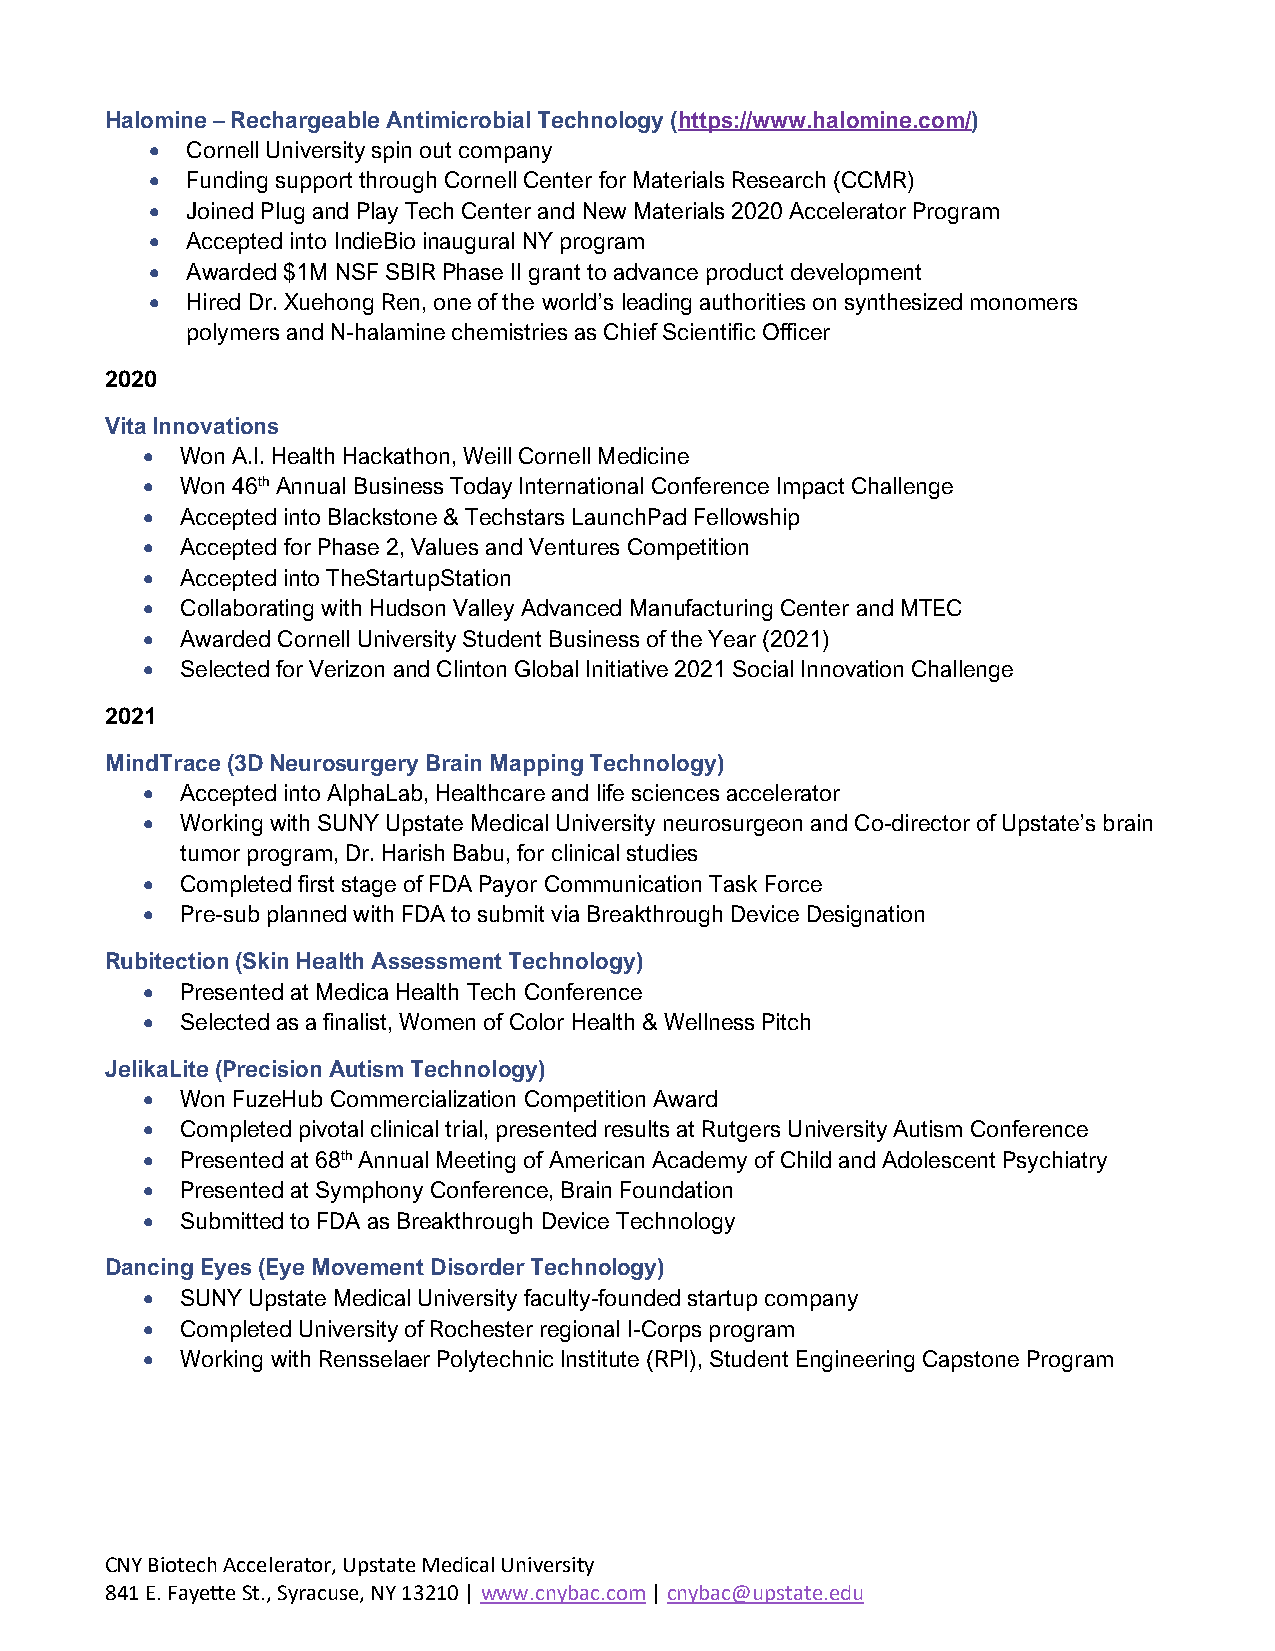
Halomine – Rechargeable Antimicrobial Technology (https://www.halomine.com/)
 • Cornell University spin out company
 • Funding support through Cornell Center for Materials Research (CCMR)
 • Joined Plug and Play Tech Center and New Materials 2020 Accelerator Program
 • Accepted into IndieBio inaugural NY program
 • Awarded $1M NSF SBIR Phase II grant to advance product development
 • Hired Dr. Xuehong Ren, one of the world’s leading authorities on synthesized monomers
 polymers and N-halamine chemistries as Chief Scientific Officer
 2020
 Vita Innovations
 •  Won A.I. Health Hackathon, Weill Cornell Medicine
 •  Won 46th Annual Business Today International Conference Impact Challenge
 •  Accepted into Blackstone & Techstars LaunchPad Fellowship
 •  Accepted for Phase 2, Values and Ventures Competition
 •  Accepted into TheStartupStation
 •  Collaborating with Hudson Valley Advanced Manufacturing Center and MTEC
 •  Awarded Cornell University Student Business of the Year (2021)
 •  Selected for Verizon and Clinton Global Initiative 2021 Social Innovation Challenge
 2021
 MindTrace (3D Neurosurgery Brain Mapping Technology)
 •  Accepted into AlphaLab, Healthcare and life sciences accelerator
 •  Working with SUNY Upstate Medical University neurosurgeon and Co-director of Upstate’s brain
 tumor program, Dr. Harish Babu, for clinical studies
 •  Completed first stage of FDA Payor Communication Task Force
 •  Pre-sub planned with FDA to submit via Breakthrough Device Designation
 Rubitection (Skin Health Assessment Technology)
 •  Presented at Medica Health Tech Conference
 •  Selected as a finalist, Women of Color Health & Wellness Pitch
 JelikaLite (Precision Autism Technology)
 •  Won FuzeHub Commercialization Competition Award
 •  Completed pivotal clinical trial, presented results at Rutgers University Autism Conference
 •  Presented at 68th Annual Meeting of American Academy of Child and Adolescent Psychiatry
 •  Presented at Symphony Conference, Brain Foundation
 •  Submitted to FDA as Breakthrough Device Technology
 Dancing Eyes (Eye Movement Disorder Technology)
 •  SUNY Upstate Medical University faculty-founded startup company
 •  Completed University of Rochester regional I-Corps program
 •  Working with Rensselaer Polytechnic Institute (RPI), Student Engineering Capstone Program
 CNY Biotech Accelerator, Upstate Medical University
 841 E. Fayette St., Syracuse, NY 13210 | www.cnybac.com | cnybac@upstate.edu